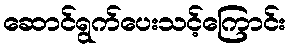
ဆောင်ရွက်ပေးသင့်ကြောင်း